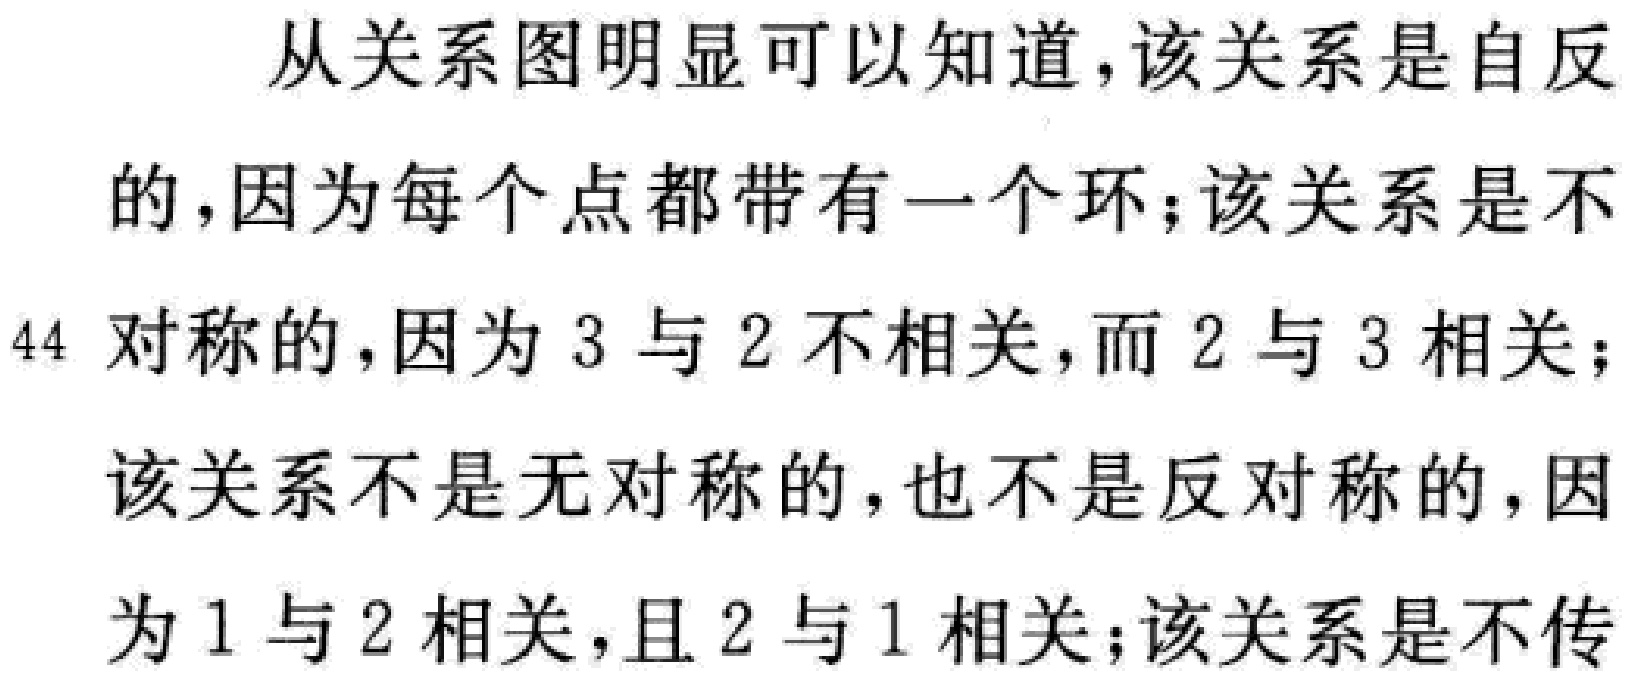
从关系图明显可以知道，该关系是自反的，因为每个点都带有一个环；该关系是不

对称的，因为 3 与 2 不相关，而 2 与 3 相关；

该关系不是无对称的，也不是反对称的，因

为 1 与 2 相关，且 2 与 1 相关；该关系是不传